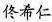
佟希仁